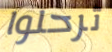
ترحلوا